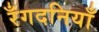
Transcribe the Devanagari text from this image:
रँगदनियाँ